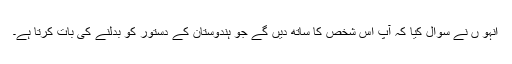
انہو ں نے سوال کیا کہ آپ اس شخص کا ساتھ دیں گے جو ہندوستان کے دستور کو بدلنے کی بات کرتا ہے۔